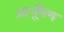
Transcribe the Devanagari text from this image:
आभूँषण